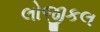
લોજીકલ